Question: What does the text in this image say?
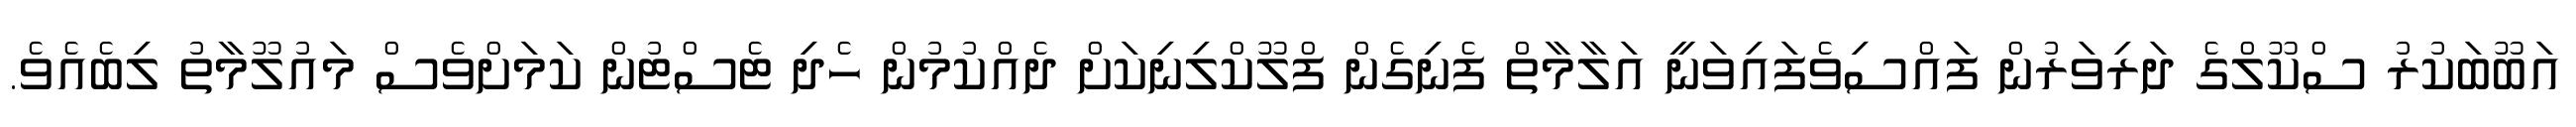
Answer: އަބޫބަކުރު ސްކޫލްގެ ދަރިވަރުން ފައްސިވެފައިވަނީ އަލާމާތް ފެނިގެން ފްލޫކްލިނިކަށް ދެއްކުމުން ހެދި ޓެސްޓުން ކަމަށްވެސް މައުލޫމާތު ލިބެއެވެ.